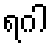
ရဂါ